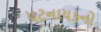
પટનાયકનો